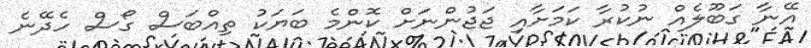
އޭނާ ގަބޫލެއް ނުކުރާ ކަމަށާއި ޖަޖުންނަށް ކޮންމެ ބަޔަކު ތިއްބަސް ގޯސް ހެދޭނެ